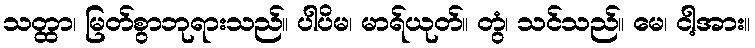
သတ္ထာ၊ မြတ်စွာဘုရားသည်။ ပါပိမ၊ မာရ်ယုတ်။ တွံ၊ သင်သည်။ မေ၊ ငါ့အား။